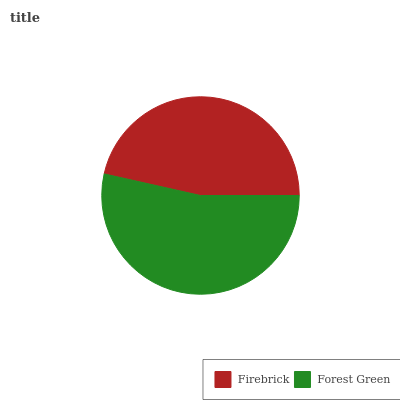
| Firebrick | Forest Green |
 | --- | --- |
 | 46.5% | 53.5% |